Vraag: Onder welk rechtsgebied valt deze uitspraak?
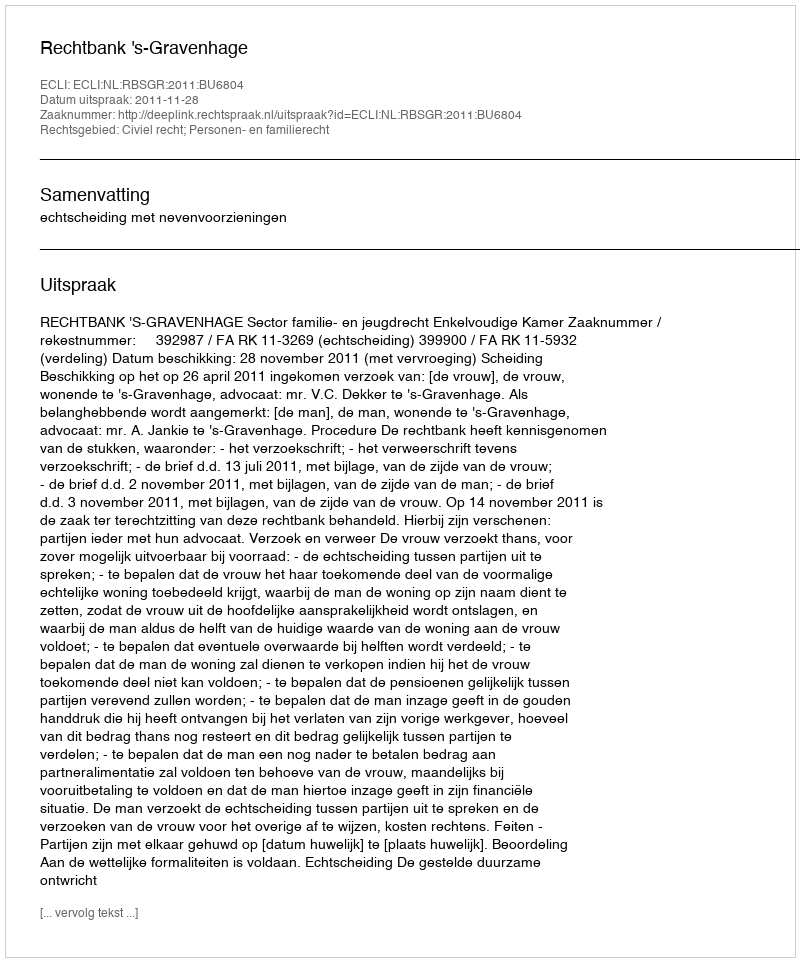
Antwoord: Civiel recht; Personen- en familierecht